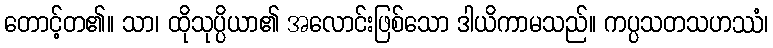
တောင့်တ၏။ သာ၊ ထိုသုပ္ပိယာ၏ အလောင်းဖြစ်သော ဒါယိကာမသည်။ ကပ္ပသတသဟဿံ၊